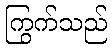
ကြွက်သည်